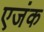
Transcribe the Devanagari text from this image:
एजंक